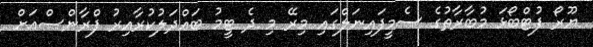
ޔޫރޯ ފުޓްބޯޅަ މުބާރާތުގެ ސެމީފައިނަލްގައި މިރޭ މި ދެ ޓީމު ބައްދަލުކުރާއިރު ފްރާންސްއަށް